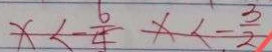
x < - \frac { 6 } { 4 } x < - \frac { 3 } { 2 }